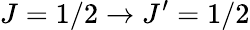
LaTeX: J=1/2\rightarrow J^{\prime}=1/2